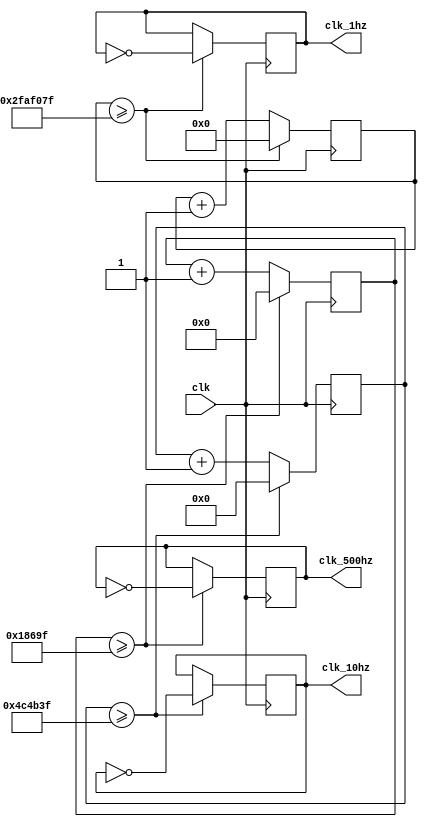
module clock_divider(
    input clk,
    output reg clk_10hz = 0,
    output reg clk_500hz = 0,
    output reg clk_1hz = 0
);


localparam DIVIDE_FACTOR_10HZ = 5000000;
localparam DIVIDE_FACTOR_500HZ = 100000;
localparam DIVIDE_FACTOR_1HZ = 50000000;


reg [25:0] counter_10hz = 0;
reg [24:0] counter_500hz = 0;
reg [27:0] counter_1hz = 0;

always @(posedge clk) begin
    if (counter_10hz >= DIVIDE_FACTOR_10HZ - 1) begin
        clk_10hz <= ~clk_10hz;
        counter_10hz <= 0;
    end else begin
        counter_10hz <= counter_10hz + 1;
    end
        
    if (counter_500hz >= DIVIDE_FACTOR_500HZ - 1) begin
        clk_500hz <= ~clk_500hz;
        counter_500hz <= 0;
    end else begin
        counter_500hz <= counter_500hz + 1;
    end
    
    if (counter_1hz >= DIVIDE_FACTOR_1HZ - 1) begin
        clk_1hz <= ~clk_1hz;
        counter_1hz <= 0;
    end else begin
        counter_1hz <= counter_1hz + 1;
    end

    
end

endmodule